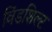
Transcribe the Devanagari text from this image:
विंडशिल्ट